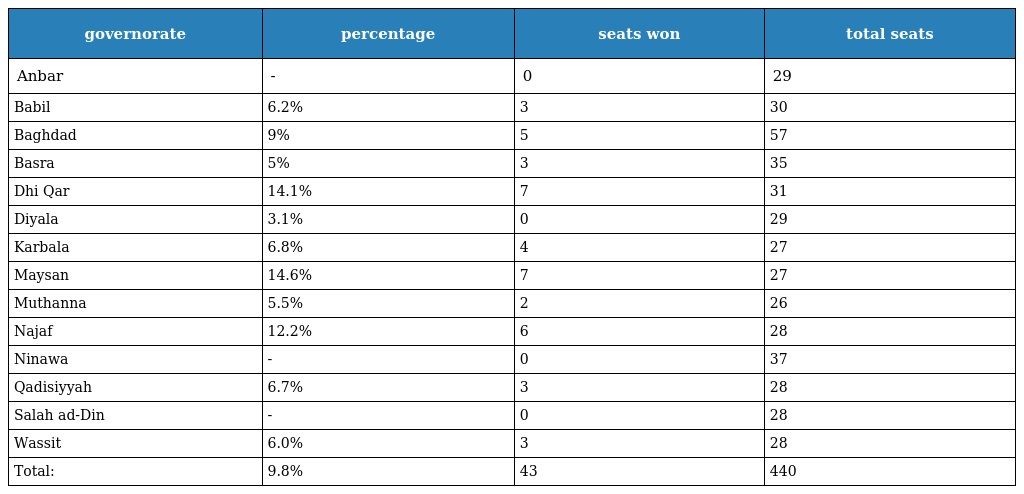
| governorate | percentage | seats won | total seats |
 | --- | --- | --- | --- |
 | Anbar | - | 0 | 29 |
 | Babil | 6.2% | 3 | 30 |
 | Baghdad | 9% | 5 | 57 |
 | Basra | 5% | 3 | 35 |
 | Dhi Qar | 14.1% | 7 | 31 |
 | Diyala | 3.1% | 0 | 29 |
 | Karbala | 6.8% | 4 | 27 |
 | Maysan | 14.6% | 7 | 27 |
 | Muthanna | 5.5% | 2 | 26 |
 | Najaf | 12.2% | 6 | 28 |
 | Ninawa | - | 0 | 37 |
 | Qadisiyyah | 6.7% | 3 | 28 |
 | Salah ad-Din | - | 0 | 28 |
 | Wassit | 6.0% | 3 | 28 |
 | Total: | 9.8% | 43 | 440 |